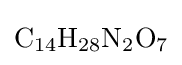
{\mathrm {C} {\vphantom {A}}_{\smash[{t}]{14}}\mathrm {H} {\vphantom {A}}_{\smash[{t}]{28}}\mathrm {N} {\vphantom {A}}_{\smash[{t}]{2}}\mathrm {O} {\vphantom {A}}_{\smash[{t}]{7}}}